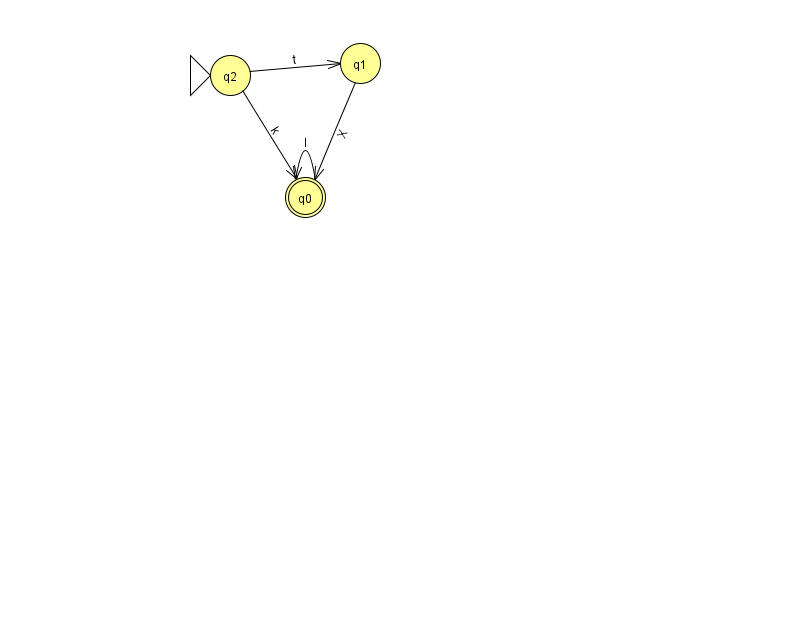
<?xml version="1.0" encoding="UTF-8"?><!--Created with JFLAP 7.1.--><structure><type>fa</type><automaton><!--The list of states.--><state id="0" name="q0"><x>305.0</x><y>184.0</y><final/></state><state id="1" name="q1"><x>360.0</x><y>50.0</y></state><state id="2" name="q2"><x>230.0</x><y>62.0</y><initial/></state><!--The list of transitions.--><transition><from>2</from><to>1</to><read>t</read></transition><transition><from>1</from><to>0</to><read>X</read></transition><transition><from>0</from><to>0</to><read>l</read></transition><transition><from>2</from><to>0</to><read>k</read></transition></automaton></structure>